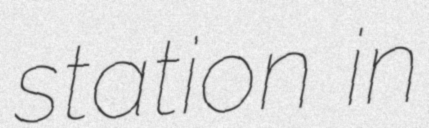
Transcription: station in